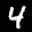
Label: 4